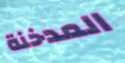
المدخنة